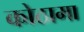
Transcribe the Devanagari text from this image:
कोठामा